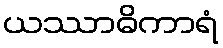
ယဿာဓိကာရံ